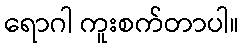
ရောဂါ ကူးစက်တာပါ။